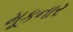
મૂકનાર